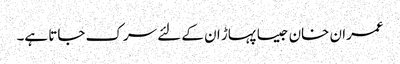
عمران خان جیسا پہاڑ ان کے لئے سرک جاتا ہے۔